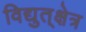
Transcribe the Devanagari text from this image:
विद्युत्‌क्षेत्र